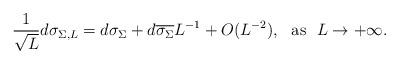
LaTeX: \begin{align*}\frac{1}{\sqrt{L}}d\sigma_{\Sigma,L}=d\sigma_\Sigma+d\overline{\sigma_\Sigma}L^{-1}+O(L^{-2}),~~{\rm as}~~L\rightarrow +\infty.\end{align*}